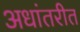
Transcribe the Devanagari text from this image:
अधांतरीत